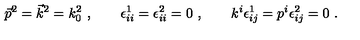
\vec { p } ^ { 2 } = \vec { k } ^ { 2 } = k _ { 0 } ^ { 2 } \ , \qquad \epsilon _ { i i } ^ { 1 } = \epsilon _ { i i } ^ { 2 } = 0 \ , \qquad k ^ { i } \epsilon _ { i j } ^ { 1 } = p ^ { i } \epsilon _ { i j } ^ { 2 } = 0 \ .